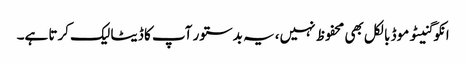
انکوگنیٹو موڈ بالکل بھی محفوظ نہیں، یہ بدستور آپ کا ڈیٹا لیک کرتا ہے۔